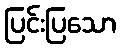
ပြင်းပြသော